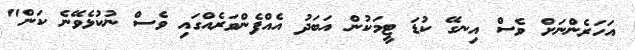
އަހަރެންނަށް ވެސް އިނގޭ ކުޑަ ޓީމަކުން އަބަދު އެއްފެންވަރެއްގައި ވެސް ނުކުޅެވޭނެ ކަން"